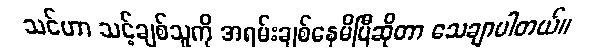
သင်ဟာ သင့်ချစ်သူကို အရမ်းချစ်နေမိပြီဆိုတာ သေချာပါတယ်။